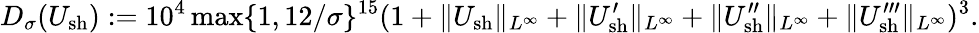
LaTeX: D_{\sigma}(U_{\mathrm{sh}}):=10^{4}\operatorname*{max}\{ 1,12/\sigma\} ^{15}(1+\| U_{\mathrm{sh}}\| _{L^{\infty}}+\| U_{\mathrm{sh}}^{\prime}\| _{L^{\infty}}+\| U_{\mathrm{sh}}^{\prime\prime}\| _{L^{\infty}}+\| U_{\mathrm{sh}}^{\prime\prime\prime}\| _{L^{\infty}})^{3}.